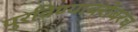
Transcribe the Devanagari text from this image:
पुरविण्याबरोबरच